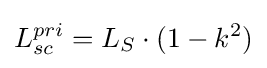
L_{sc}^{pri}=L_{S}\cdot {(1-k^{2})}